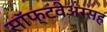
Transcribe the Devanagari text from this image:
सॉफ्टवेअरसह